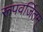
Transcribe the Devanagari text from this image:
रूपवर्जितम्